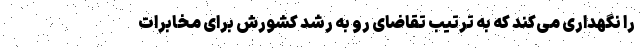
را نگهداری می‌کند که به ترتیب تقاضای رو به رشد کشورش برای مخابرات